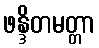
ဖန္ဒိတမတ္တာ